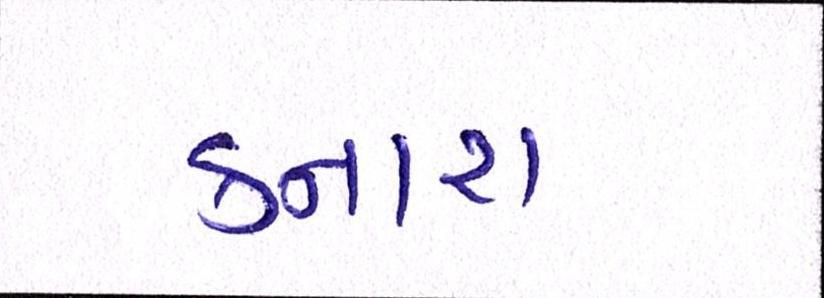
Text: કનારા